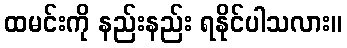
ထမင်းကို နည်းနည်း ရနိုင်ပါသလား။